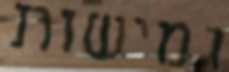
גמישות